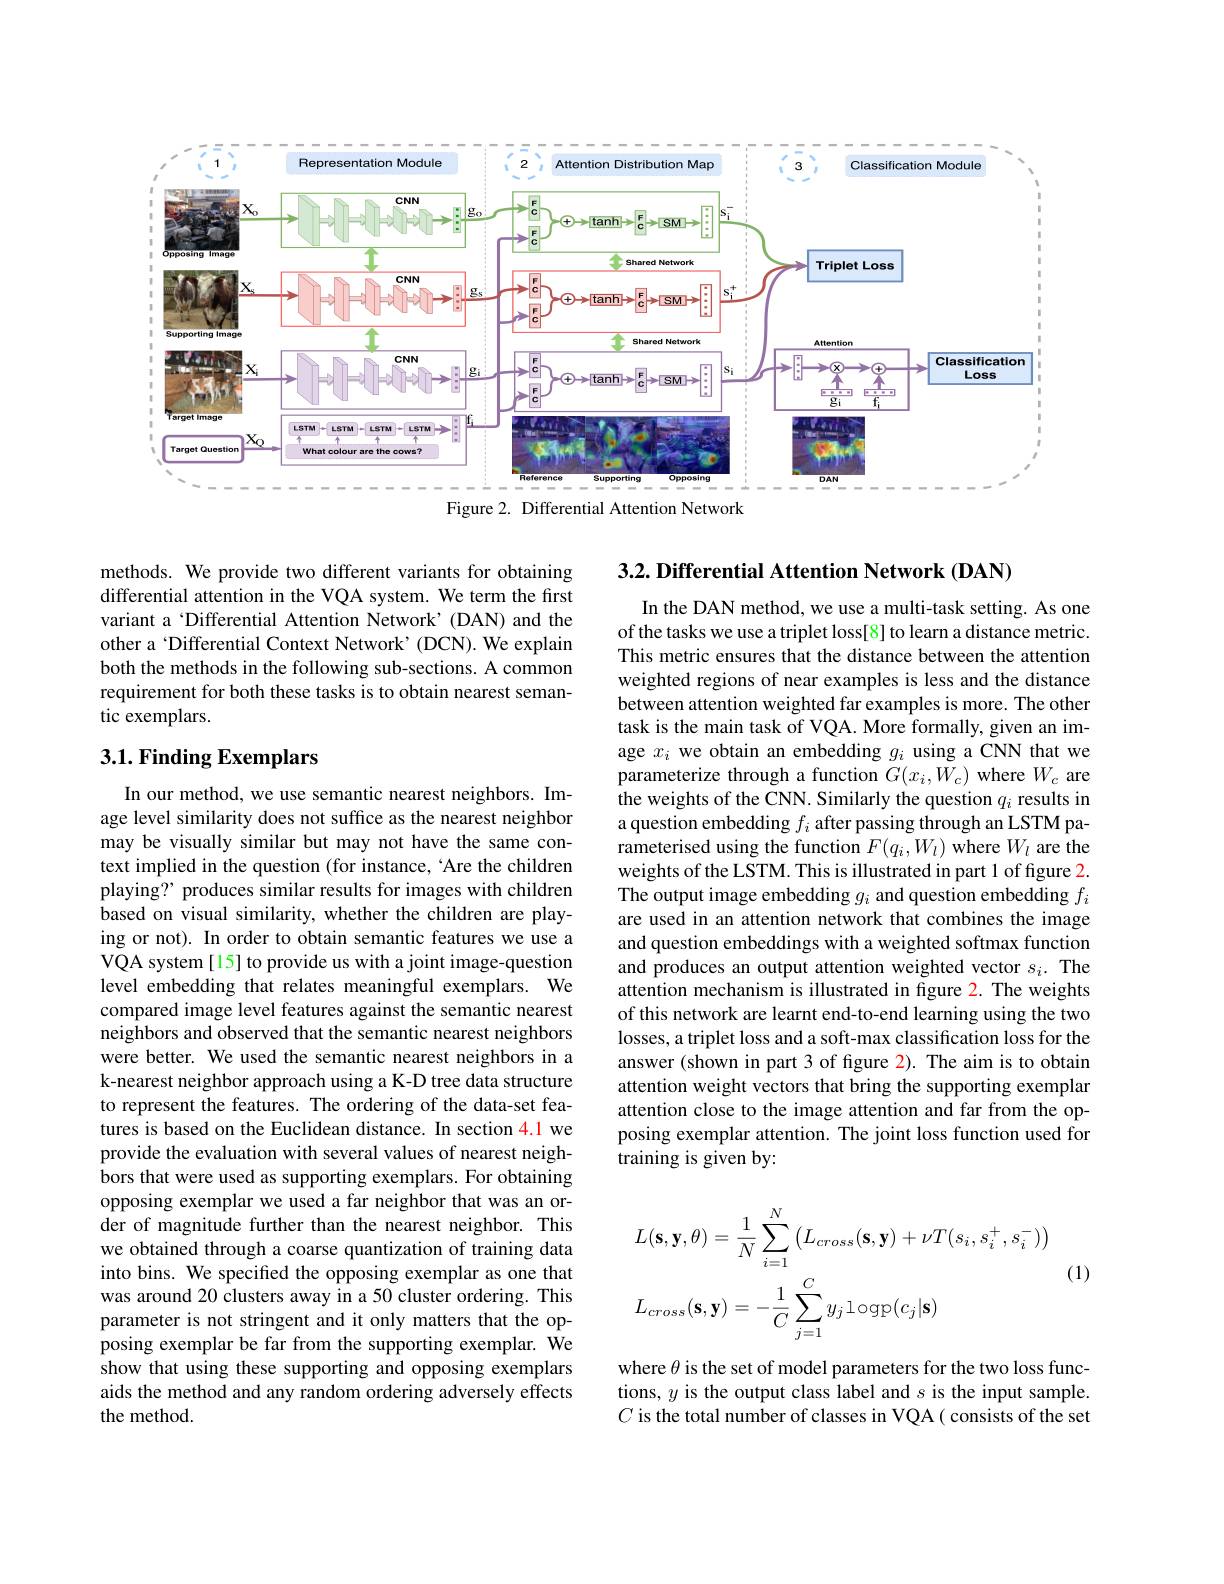
<FigureHere>
Figure 2. Differential Attention Network

methods. We provide two different variants for obtaining differential attention in the VQA system. We term the first variant a‘Differential Attention Network’(DAN) and the other a‘Differential Context Network’(DCN). We explain both the methods in the following sub-sections. A common requirement for both these tasks is to obtain nearest semantic exemplars.

## 3.1. Finding Exemplars

In our method, we use semantic nearest neighbors. Image level similarity does not suffice as the nearest neighbor may be visually similar but may not have the same context implied in the question (for instance, 'Are the children playing? produces similar results for images with children based on visual similarity, whether the children are playing or not). In order to obtain semantic features we use a VQA system[15] to provide us with a joint image-question level embedding that relates meaningful exemplars. We compared image level features against the semantic nearest neighbors and observed that the semantic nearest neighbors were better. We used the semantic nearest neighbors in a k-nearest neighbor approach using a K-D tree data structure to represent the features. The ordering of the data-set features is based on the Euclidean distance. In section 4.1 we provide the evaluation with several values of nearest neighbors that were used as supporting exemplars. For obtaining opposing exemplar we used a far neighbor that was an order of magnitude further than the nearest neighbor. This we obtained through a coarse quantization of training data into bins. We specified the opposing exemplar as one that was around 20 clusters away in a 50 cluster ordering. This parameter is not stringent and it only matters that the opposing exemplar be far from the supporting exemplar. $\hat{\text{We}}$ show that using these supporting and opposing exemplars aids the method and any random ordering adversely effects the method.

$3. 2. \textbf{ Differential Attention Network ( DAN) }$

In the DAN method, we use a multi-task setting. As one of the tasks we use a triplet loss[8] to learn a distance metric. This metric ensures that the distance between the attention weighted regions of near examples is less and the distance between attention weighted far examples is more. The other task is the main task of VQA. More formally, given an image $x_i$ we obtain an embedding $g_i$ using a CNN that we parameterize through a function $G(x_i,W_c)$ where $W_c$ are the weights of the CNN. Similarly the question $q_i$ results in a question embedding $f_i$ after passing through an LSTM parameterised using the function $F(q_i,W_l)$ where $W_l$ are the weights of the LSTM. This is illustrated in part 1 of figure 2 The output image embedding $g_i$ and question embedding $f_i$ are used in an attention network that combines the image and question embeddings with a weighted softmax function and produces an output attention weighted vector $s_i.$ The attention mechanism is illustrated in fgure 2. The weights of this network are learnt end-to-end learning using the two losses, a triplet loss and a soft-max classification loss for the answer (shown in part 3 of figure 2). The aim is to obtain attention weight vectors that bring the supporting exemplar attention close to the image attention and far from the opposing exemplar attention. The joint loss function used for training is given by:
$$\begin{aligned}&L(\mathbf{s},\mathbf{y},\theta)=\frac{1}{N}\sum_{i=1}^{N}\left(L_{cross}(\mathbf{s},\mathbf{y})+\nu T(s_{i},s_{i}^{+},s_{i}^{-})\right)\\&L_{cross}(\mathbf{s},\mathbf{y})=-\frac{1}{C}\sum_{j=1}^{C}y_{j}\operatorname{logp}(c_{j}|\mathbf{s})\end{aligned}$$
(1)

where $\theta$ is the set of model parameters for the two loss functions, $y$ is the output class label and $s$ is the input sample. $C$ is the total number of classes in VQA( consists of the set